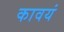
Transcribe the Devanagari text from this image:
कावयं